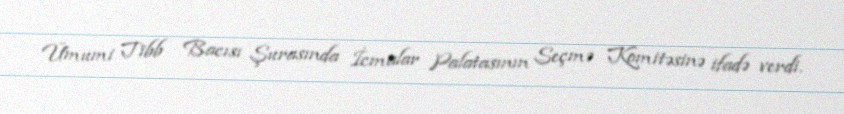
Ümumi Tibb Bacısı Şurasında İcmalar Palatasının Seçmə Komitəsinə ifadə verdi.